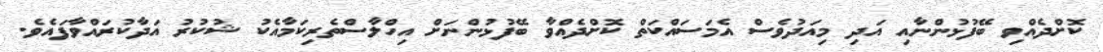
ކޮށްދެއްވި ބޭފުޅުންނާއި އަދި މިއަދުވެސް އެމަސައްކަތް ކޮށްދެއްވާ ބޭފުޅުންނަށް އިހްލާސްތެރިކަމާއެކު ޝުކުރު އަދާކުރައްވާފައެވެ.